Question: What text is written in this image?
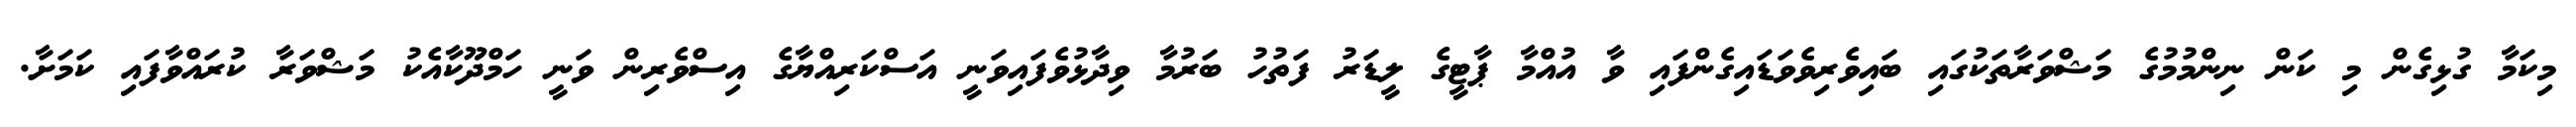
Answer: މިކަމާ ގުޅިގެން މި ކަން ނިންމުމުގެ މަޝްވަރާތަކުގައި ބައިވެރިވެވަޑައިގެންފައި ވާ އުއްމާ ޕާޓީގެ ލީޑަރު ފަތުހު ބަރުމާ ވިދާޅުވެފައިވަނީ އަސްކަރިއްޔާގެ އިސްވެރިން ވަނީ ހަމްދޫކާއެކު މަޝްވަރާ ކުރައްވާފައި ކަމަށާ.